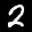
Label: 2